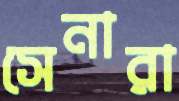
সেনারা